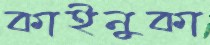
কাইনুকা